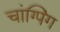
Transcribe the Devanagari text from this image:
चांग्पिंग